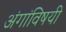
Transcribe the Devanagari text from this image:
अंगांविषयी